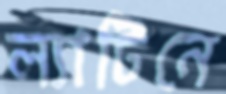
ল্যাটিনে